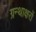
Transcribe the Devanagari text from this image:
ग्रन्थाक्षरों